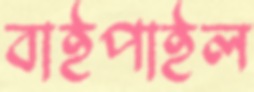
বাইপাইল